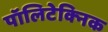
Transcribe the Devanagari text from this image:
पॉलिटेक्‍निक